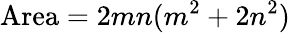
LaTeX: {\mathrm{Area}}=2mn(m^{2}+2n^{2})